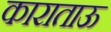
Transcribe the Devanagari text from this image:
काराताऊ